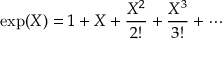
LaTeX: \exp ( X ) = 1 + X + { \frac { X ^ { 2 } } { 2 ! } } + { \frac { X ^ { 3 } } { 3 ! } } + \cdots